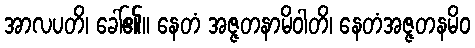
အာလပတိ၊ ခေါ်၏။ နေတံ အဇ္ဇတနာမိဝါတိ၊ နေတံအဇ္ဇတနမိဝ